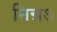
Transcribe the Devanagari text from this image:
निन्नऽ